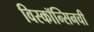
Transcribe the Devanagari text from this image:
विस्कॉन्सिनची